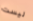
ليست